Relation of titanus [i.e. tetanus] to the hypodermic or intramuscular injection of quinine - Number 43
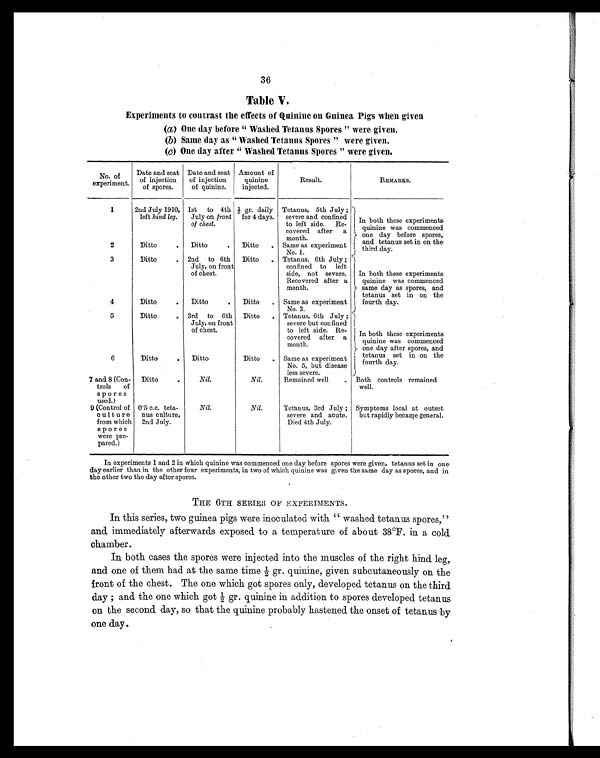
36
Table V.
Experiments to contrast the effects of Quinine on Guinea Pigs when given
(a) One day before "Washed Tetanus Spores" were given.
(b) Same day as "Washed Tetanus Spores" were given.
(c) One day after "Washed Tetanus Spores" were given.
No. of
experiment.
Date and seat
of injection
of spores.
Date and seat
of injection
of quinine.
Amount of
quinine
injected.
Result.
REMARKS.
1
2nd July 1910,
left hind leg.
1st to 4th
July on front
of chest.
½ gr. daily
for 4 days.
Tetanus, 5th July;
severe and confined
to left side. Re-
covered after a
month.
In both these experiments.
quinine was commenced
one day before spores,
and tetanus set in on the
third day.
2
Ditto
.
Ditto
.
Ditto
. Same as experiment
No. 1.
3
Ditto
. 2nd to 6th
July, on front
of chest.
Ditto
. Tetanus, 6th July;
confined to left
side, not severe.
Recovered after a
month.
In both these experiments.
quinine was commenced
same day as spores, and
tetanus set in on the
fourth day.
4
Ditto
.
Ditto
.
Ditto
. Same as experiment
No. 3.
5
Ditto
. 3rd to 6th
July, on front
of chest.
Ditto
. Tetanus, 6th July;
severe but confined
to left side. Re-
covered after a
month.
In both these experiments
quinine was commenced
one day after spores, and
tetanus set in on the
fourth day.
6
Ditto
.
Ditto
Ditto
. Same as experiment
No. 5, but disease
less severe.
7 and 8 (Con-
trols of
sp o res
used.)
Ditto
.
Nil.
Nil.
Remained well
.
Both controls remained
well.
9 (Control of
cu1ture
from which
spores
were pre-
pared.)
0.5 c.c. teta-
nus culture,
2nd July.
Nil.
Nil.
Tetanus, 3rd July;
severe and acute.
Died 4th July.
Symptoms local at outset
but rapidly became general.
In experiments 1 and 2 in which quinine was commenced one day before spores were given, tetanus set in one
day earlier than in the other four experiments, in two of which quinine was given the same day as spores, and in
the other two the day after spores.
THE 6TH SERIES OF EXPERIMENTS.
In this series, two guinea pigs were inoculated with "washed tetanus spores,"
and immediately afterwards exposed to a temperature of about 38ºF. in a cold
chamber.
In both cases the spores were injected into the muscles of the right hind leg,
and one of them had at the same time ½ gr. quinine, given subcutaneously on the
front of the chest. The one which got spores only, developed tetanus on the third
day; and the one which got ½ gr. quinine in addition to spores developed tetanus
on the second day, so that the quinine probably hastened the onset of tetanus by
one day.